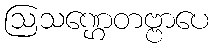
ဩသဏ္ဌေတဗ္ဗာပေ